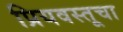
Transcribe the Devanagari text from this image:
प्रियवस्तूचा